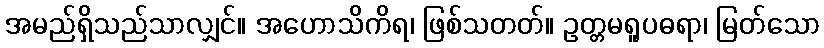
အမည်ရှိသည်သာလျှင်။ အဟောသိကိရ၊ ဖြစ်သတတ်။ ဥတ္တမရူပဓရာ၊ မြတ်သော